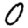
Digit: 0